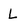
Character: L